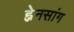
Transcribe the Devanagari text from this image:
ह्नेनसांग